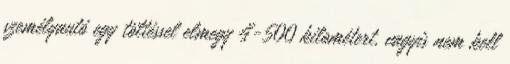
személyautó egy töltéssel elmegy 4-500 kilométert, vagyis nem kell